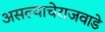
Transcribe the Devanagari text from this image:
असल्याचेराजवाडे